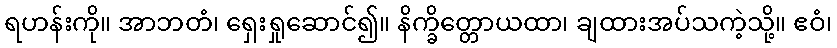
ရဟန်းကို။ အာဘတံ၊ ရှေးရှုဆောင်၍။ နိက္ခိတ္တောယထာ၊ ချထားအပ်သကဲ့သို့။ ဧဝံ၊